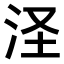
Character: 𣲾